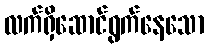
လက်ရှိဆောင်ရွက်နေသော